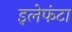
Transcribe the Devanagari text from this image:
इलेफंटा